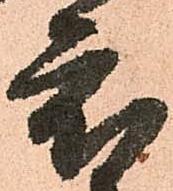
度